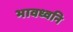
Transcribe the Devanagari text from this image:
भावध्वनि